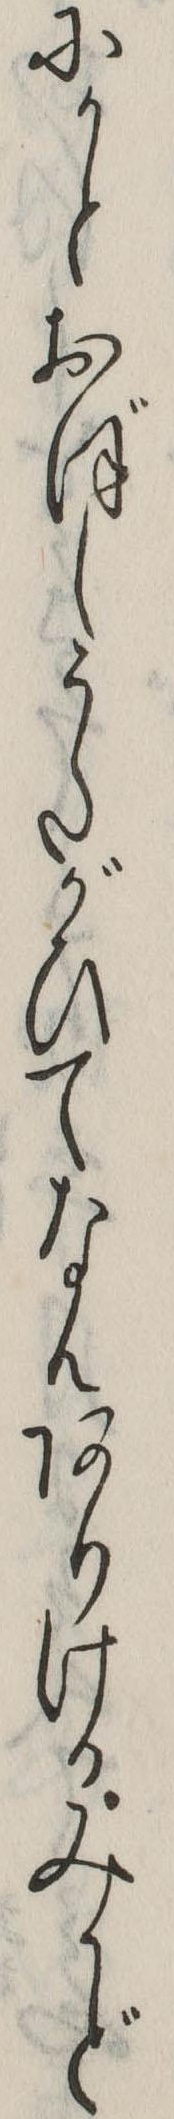
にかとおぼしうたがひてなんありけるみかど